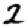
Digit: 2